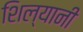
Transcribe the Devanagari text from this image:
शिल्यानी